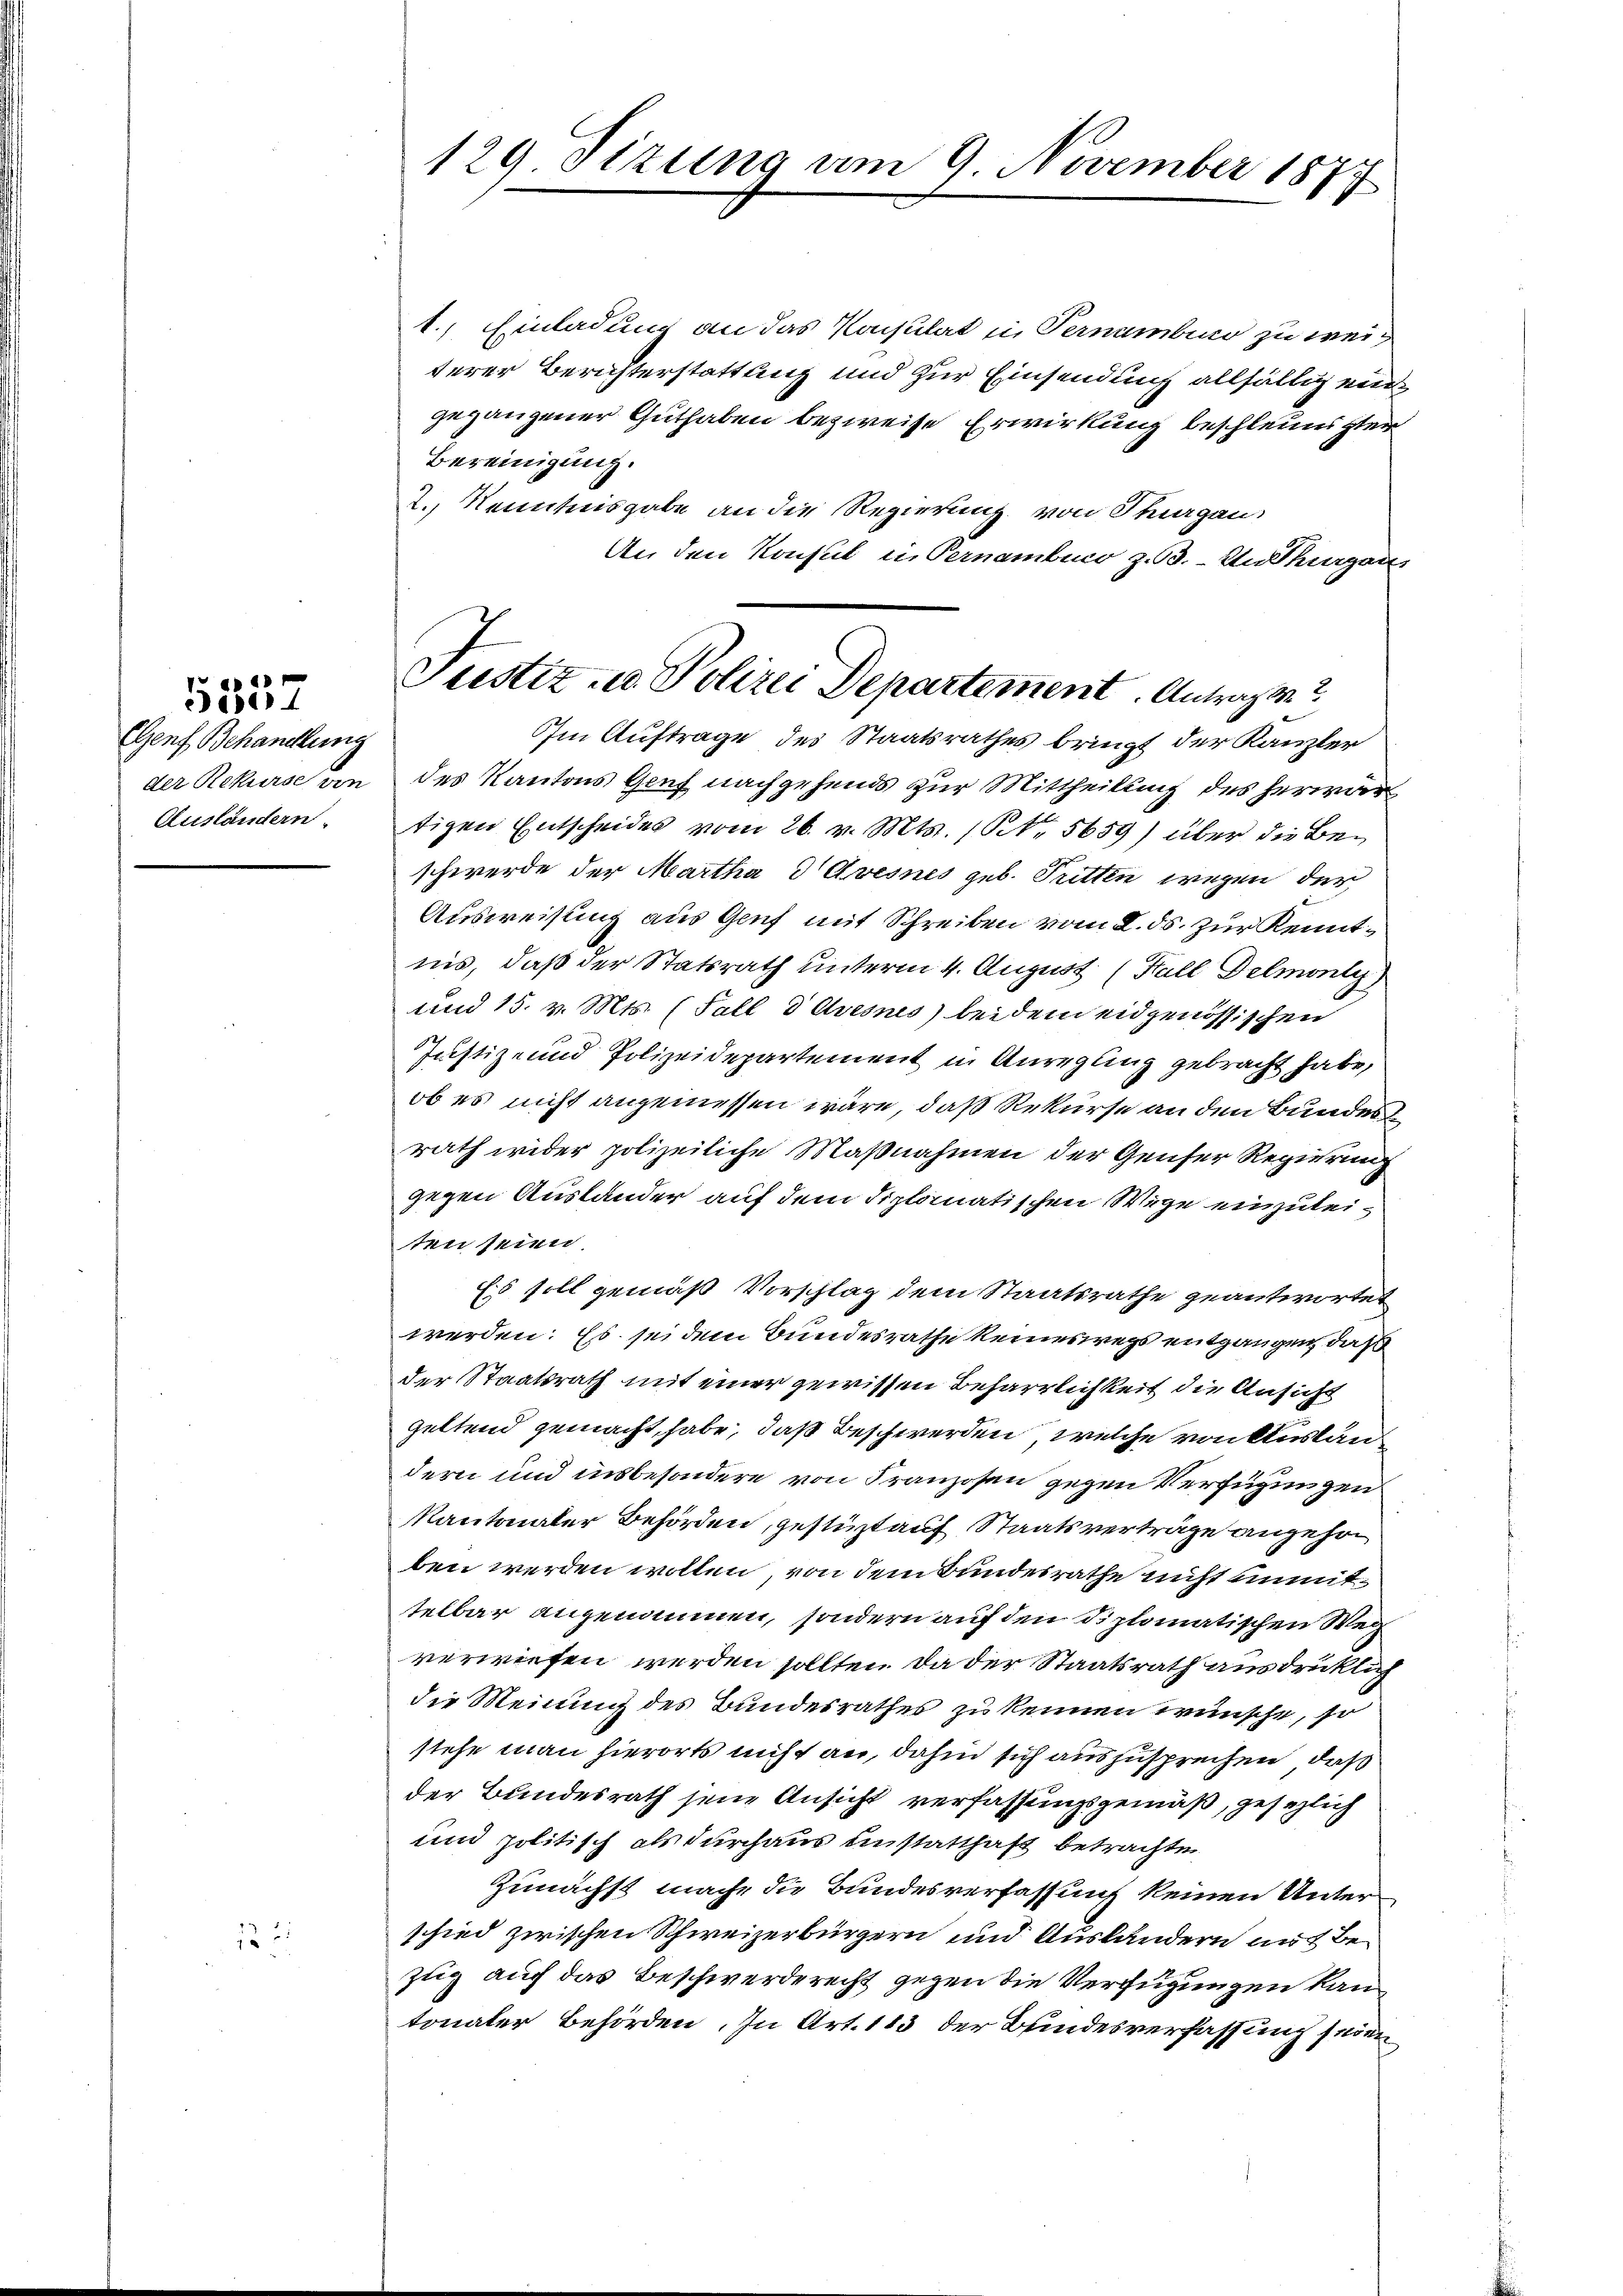
GGenf Behandlung
der Rekurse von
Ausländern.

5537

132

1.) Einladung an das Konsulat in Vernambio zu weiterer Berichterstattung und zur Einsendung allfällig eins
gegangener Guthaben bezweife Erwirkung beschleunigter
Bereinigung.
2. Kenntnisgabe an die Regierung von Thurgau
An den Konsul in Pernambico zu 3. An Thurgani
des Kantons Genf nachgehends zur Mittheilung des herwar
tigen Entscheides vom 26. v. Mts. (S. 5659) über die Beschwerde der Martha d Avesnes geb. Tritten wegen der
Ausweisung aus Genf mit Schreiben vom 2. ds. zur Kenntnis, daß der Statsrath unterm 4. August (Fall Delmonty
und 15. v. Mts. (Fall d Avesnis) bei dem eidgenössischen
Justiz- und Polizeidepartement in Anregung gebracht habe,
ob es nicht angemessen wäre, daß Rekurse an den Bundes
rath wider polizeiliche Maßnahmen der Genfer Regierung
gegen Auslander auf dem diplomatischen Wege einzuleiten seien
Es soll gemäß Vorschlag dem Staatsrathe geantwortet
werden: Es sei dem Bundesrathe keineswegs entgangen, daß
der Staatsrath mit einer gewissen Beharrlichkeit die Ansicht
geltend gemacht habe, daß Beschwerden, welche von Auslandern und insbesondere von Franzosen gegen Verfügungen
Kantonaler Behörden, gestüzt auf Staatsverträge angehorben werden wollen, von dem Bundesrathe nicht unmittelbar angenommen, sondern auf den Diplomatischen Weg
verwiesen werden sollten. Da der Staatsrath ausdrücklich
die Meinung des Bundesrathes zu kennen wünsche, so
stehe man hierorts nicht an, dahin sich auszusprechen, daß
der Bundesrath jene Ansicht verfassungsgemäß, gesezlich
und politisch als durchaus unstatthaft betrachte
Zunächst mache die Bundesverfassung keinen Unterschied zwischen Schweizerbürgern und Ausländern auf Bezug auch das Beschwerde recht gegen die Verfügungen kantonaler Behörden. In Art. 113 der Bundesverfassung seien

129 Tizung am 9. November 1879

Justiz u. Polizei Departement. Antragen?
Im Auftrage des Staatsrathes bringt der Kanzler